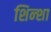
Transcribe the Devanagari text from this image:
शिन्शा